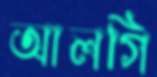
আলগি